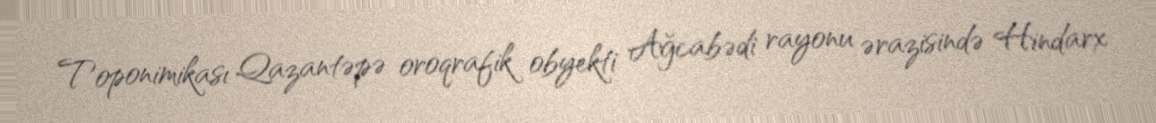
Toponimikası Qazantəpə oroqrafik obyekti Ağcabədi rayonu ərazisində Hindarx